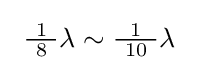
\ {\tfrac {\ 1\ }{8}}\lambda \sim {\tfrac {1}{\ 10\ }}\lambda \